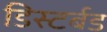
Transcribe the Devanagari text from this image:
डिस्टर्बड